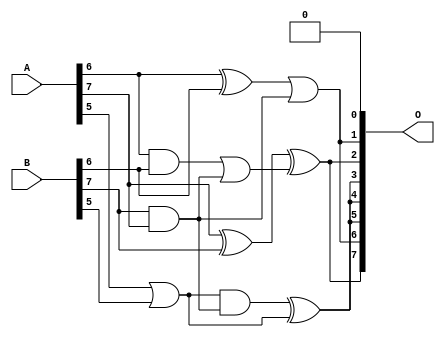
/***
* This code is a part of EvoApproxLib library (ehw.fit.vutbr.cz/approxlib) distributed under The MIT License.
* When used, please cite the following article(s): V. Mrazek, L. Sekanina, Z. Vasicek "Libraries of Approximate Circuits: Automated Design and Application in CNN Accelerators" IEEE Journal on Emerging and Selected Topics in Circuits and Systems, Vol 10, No 4, 2020 
* This file contains a circuit from a sub-set of pareto optimal circuits with respect to the pwr and mre parameters
***/
// MAE% = 18.28 %
// MAE = 23 
// WCE% = 54.69 %
// WCE = 70 
// WCRE% = 3300.00 %
// EP% = 98.52 %
// MRE% = 67.56 %
// MSE = 839 
// PDK45_PWR = 0.0063 mW
// PDK45_AREA = 26.8 um2
// PDK45_DELAY = 0.17 ns

module add8s_6T8 (
    A,
    B,
    O
);

input [7:0] A;
input [7:0] B;
output [7:0] O;

wire sig_27,sig_28,sig_29,sig_30,sig_34,sig_44,sig_49,sig_62,sig_63,sig_64;

assign sig_27 = A[5] | B[5];
assign sig_28 = A[6] & B[6];
assign sig_29 = A[6] ^ B[6];
assign sig_30 = A[7] ^ B[7];
assign sig_34 = B[7] & A[7];
assign sig_44 = sig_27 & sig_34;
assign sig_49 = sig_28 | sig_34;
assign sig_62 = sig_44 ^ sig_27;
assign sig_63 = sig_29 | sig_34;
assign sig_64 = sig_30 ^ sig_49;

assign O[7] = sig_64;
assign O[6] = sig_63;
assign O[5] = sig_62;
assign O[4] = sig_62;
assign O[3] = sig_62;
assign O[2] = sig_64;
assign O[1] = sig_63;
assign O[0] = 1'b0;

endmodule